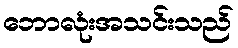
ဘောလုံးအသင်းသည်